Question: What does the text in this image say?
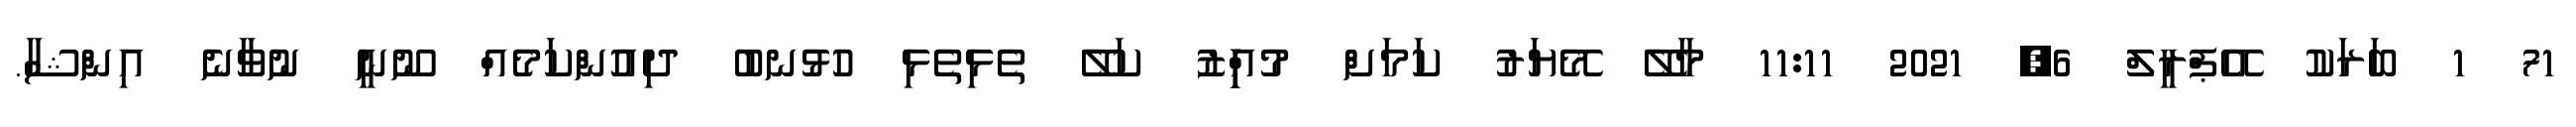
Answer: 71 1 ބަރަކު އޭޕްރީލް 6, 2021 11:11 މާލޭ މޭޔަރު ކަމަށް މުއިިިިިްޒު ކަލޭ ތެޅިތެޅި ހުޅުނބު ދިއުންކަމެއް ނޫނީ ނުވާނެ އިންޝާ.